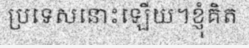
ប្រទេសនោះឡើយ។ខ្ញុំគិត